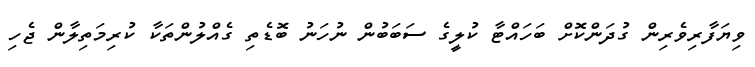
ވިޔަފާރިވެރިން ގުދަންކޮށް ބަހައްޓާ ކުލީގެ ސަބަބުން ނުހަނު ބޮޑެތި ގެއްލުންތަކާ ކުރިމަތިލާން ޖެހި